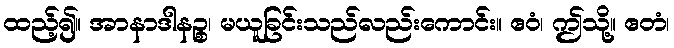
ထည့်၍။ အာနာဒါနဉ္စ၊ မယူခြင်းသည်လည်းကောင်း။ ဧဝံ၊ ဤသို့။ ဧတံ၊